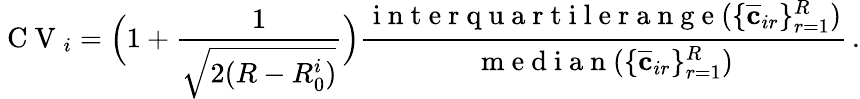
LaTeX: \mathrm{~C~V~}_{i}=\Big(1+\frac{1}{\sqrt{2(R-R_{0}^{i})}}\Big)\frac{\mathrm{~i~n~t~e~r~q~u~a~r~t~i~l~e~r~a~n~g~e~}(\{ \overline{{\mathbf{c}}}_{ir}\} _{r=1}^{R})}{\mathrm{~m~e~d~i~a~n~}(\{ \overline{{\mathbf{c}}}_{ir}\} _{r=1}^{R})}\, .